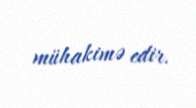
mühakimə edir.